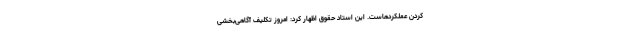
کردن عملکردهاست. این استاد حقوق اظهار کرد: امروز تکلیف آگاهی‌بخشی